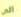
الى